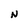
Character: N